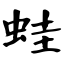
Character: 蛙